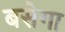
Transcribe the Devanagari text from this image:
बसेगा